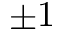
\pm 1